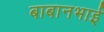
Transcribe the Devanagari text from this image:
बाबानभाई